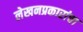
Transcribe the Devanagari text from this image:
लेखनप्रकारांचा